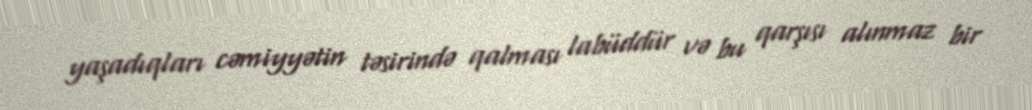
yaşadıqları cəmiyyətin təsirində qalması labüddür və bu qarşısı alınmaz bir